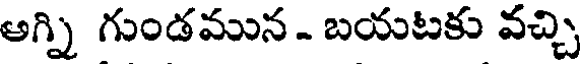
అగ్ని గుండమున - బయటకు వచ్చి